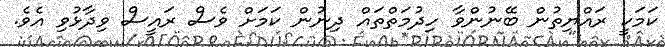
ކަމަކީ ރައްޔިތުން ބޭނުންވާ ހިދުމަތްތައް ދިނުން ކަމަށް ވެސް ރައީސް ވިދާޅުވި އެވެ.